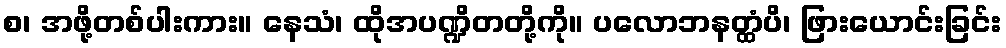
စ၊ အဖို့တစ်ပါးကား။ နေသံ၊ ထိုအပဏ္ဍိတတို့ကို။ ပလောဘနတ္ထံပိ၊ ဖြားယောင်းခြင်း